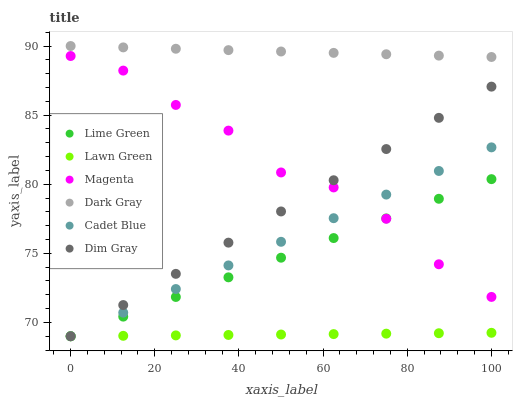
| xaxis_label | Lime Green | Lawn Green | Magenta | Dark Gray | Cadet Blue | Dim Gray |
 | --- | --- | --- | --- | --- | --- | --- |
 | 0 | 69 | 69 | 89.3 | 90 | 69 | 69 |
 | 12.5 | 70.4 | 69 | 88.2 | 89.9 | 70.7 | 71.3 |
 | 25 | 71.8 | 69.1 | 85.7 | 89.8 | 72.4 | 73.5 |
 | 37.5 | 73.3 | 69.1 | 83.9 | 89.7 | 74.1 | 75.8 |
 | 50 | 74.7 | 69.1 | 80.9 | 89.6 | 75.8 | 78 |
 | 62.5 | 76.1 | 69.2 | 79.8 | 89.5 | 77.5 | 80.3 |
 | 75 | 77.5 | 69.2 | 77.5 | 89.4 | 79.3 | 82.5 |
 | 87.5 | 78.9 | 69.2 | 74.2 | 89.3 | 81 | 84.8 |
 | 100 | 80.4 | 69.3 | 71.8 | 89.2 | 82.7 | 87.1 |